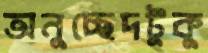
অনুচ্ছেদটুকু